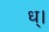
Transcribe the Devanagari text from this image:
ध्।